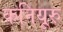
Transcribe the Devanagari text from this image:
कनियूरु